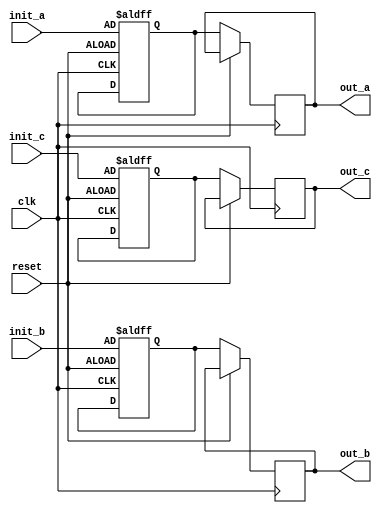
module ConfigurableInitialConditions #(
    parameter integer INIT_VALUE_A = 8'h00,  // Default initial value for signal A
    parameter integer INIT_VALUE_B = 16'h0000, // Default initial value for signal B
    parameter integer INIT_VALUE_C = 32'h00000000 // Default initial value for signal C
)(
    input wire clk,              // Clock signal
    input wire reset,            // Reset signal
    input wire [7:0] init_a,     // User-defined initial value for signal A
    input wire [15:0] init_b,    // User-defined initial value for signal B
    input wire [31:0] init_c,    // User-defined initial value for signal C
    output reg [7:0] out_a,      // Output for signal A
    output reg [15:0] out_b,     // Output for signal B
    output reg [31:0] out_c      // Output for signal C
);

    // Internal state variables
    reg [7:0] state_a;
    reg [15:0] state_b;
    reg [31:0] state_c;

    // Initialization Logic
    always @(posedge clk or posedge reset) begin
        if (reset) begin
            // Reinitialize state variables to user-defined initial values
            state_a <= init_a;
            state_b <= init_b;
            state_c <= init_c;
        end else begin
            // Maintain current state
            out_a <= state_a;
            out_b <= state_b;
            out_c <= state_c;
        end
    end

    // Initial assignment for simulation start
    initial begin
        state_a = INIT_VALUE_A;
        state_b = INIT_VALUE_B;
        state_c = INIT_VALUE_C;
        out_a = state_a;
        out_b = state_b;
        out_c = state_c;
    end

endmodule